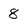
Character: 8